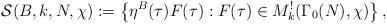
LaTeX: \begin{align*}\mathcal{S}(B,k,N,\chi):=\left\lbrace\eta^{B}(\tau)F(\tau):F(\tau)\in M^{!}_{k}(\Gamma_{0}(N),\chi) \right\rbrace,\end{align*}